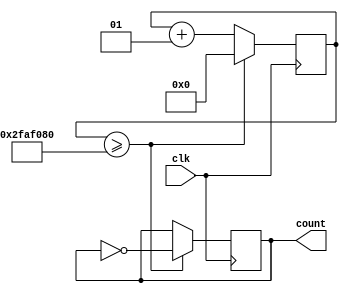
module Blink_Led(
    input clk,
    output count    
    );
	 
integer counter;
reg state;

always @ (posedge clk) begin
    counter <= counter + 1;
	 if(counter >= 50000000 )begin
		counter <=0;
		state <= !state;
	 end 
end
	 
assign count = state;	 

endmodule